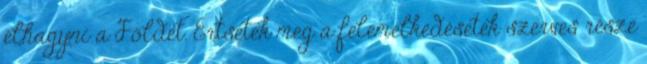
elhagyni a Földet. Értsétek meg a felemelkedésetek szerves része